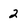
Character: 2